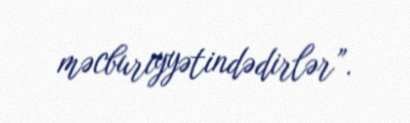
məcburiyyətindədirlər”.